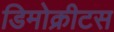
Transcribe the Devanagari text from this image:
डिमोक्रीटस